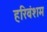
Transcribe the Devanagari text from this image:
हरिवंशम